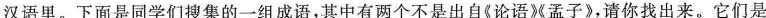
汉语里。下面是同学们搜集的一组成语，其中有两个不是出自《论语》孟子》，请你找出来。它们是